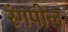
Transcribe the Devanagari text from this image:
रंगपोल